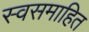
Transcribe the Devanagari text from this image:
स्वसमाहित